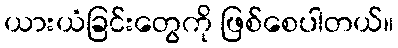
ယားယံခြင်းတွေကို ဖြစ်စေပါတယ်။